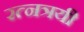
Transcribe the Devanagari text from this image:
रत्नत्रयी